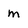
Character: m